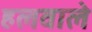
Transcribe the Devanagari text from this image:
हलवाले